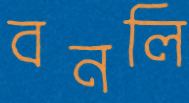
বনলি